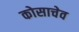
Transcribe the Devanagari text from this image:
कोसाचेव